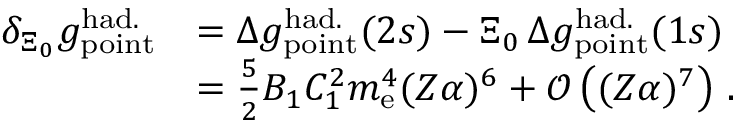
\begin{array} { r l } { \delta _ { \Xi _ { 0 } } g _ { \mathrm { p o i n t } } ^ { \mathrm { h a d . } } } & { = \Delta { g } _ { \mathrm { p o i n t } } ^ { \mathrm { h a d . } } ( 2 s ) - \Xi _ { 0 } \, \Delta { g } _ { \mathrm { p o i n t } } ^ { \mathrm { h a d . } } ( 1 s ) } \\ & { = \frac { 5 } { 2 } B _ { 1 } C _ { 1 } ^ { 2 } m _ { \mathrm { e } } ^ { 4 } ( Z \alpha ) ^ { 6 } + \mathcal { O } \left( ( Z \alpha ) ^ { 7 } \right) \, . } \end{array}